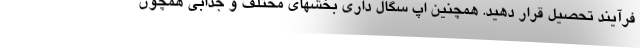
فرآیند تحصیل قرار دهید. همچنین اپ سگال داری بخشهای مختلف و جذابی همچون